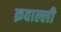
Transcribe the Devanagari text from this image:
क़वाल्ली